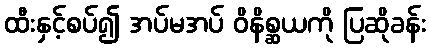
ထီးနှင့်စပ်၍ အပ်မအပ် ဝိနိစ္ဆယကို ပြဆိုခန်း